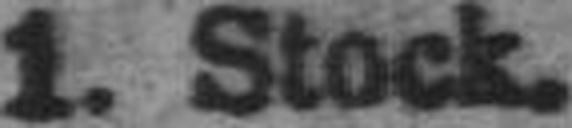
1. Stock.